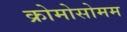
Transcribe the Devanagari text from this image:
क्रोमोसोमम